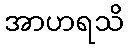
အာဟရသိ